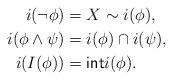
LaTeX: \begin{align*}i(\neg \phi)&=X\sim i(\phi),\\i(\phi\land \psi)&=i(\phi)\cap i(\psi),\\i(I(\phi))&={\sf int}i(\phi).\end{align*}